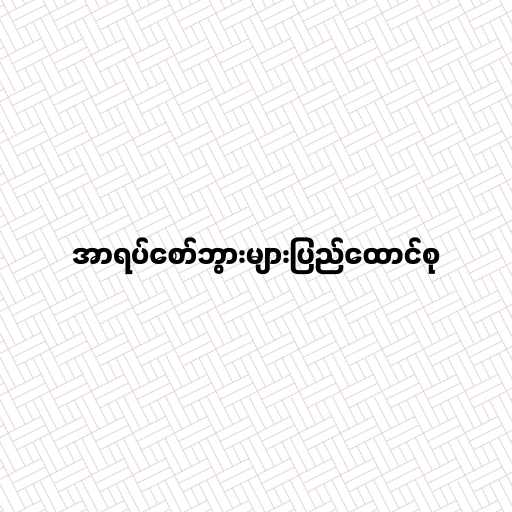
အာရပ်စော်ဘွားများပြည်ထောင်စု